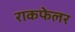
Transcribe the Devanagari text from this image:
राकफेलर